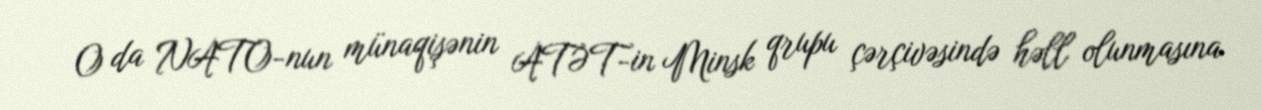
O da NATO-nun münaqişənin ATƏT-in Minsk qrupu çərçivəsində həll olunmasına